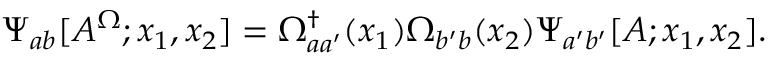
\Psi _ { a b } [ A ^ { \Omega } ; x _ { 1 } , x _ { 2 } ] = \Omega _ { a a ^ { \prime } } ^ { \dagger } ( x _ { 1 } ) \Omega _ { b ^ { \prime } b } ( x _ { 2 } ) \Psi _ { a ^ { \prime } b ^ { \prime } } [ A ; x _ { 1 } , x _ { 2 } ] .